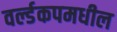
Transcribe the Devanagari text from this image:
वर्ल्डकपमधील